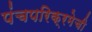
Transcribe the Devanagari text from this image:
पंचपरिक्रमेची